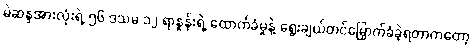
မဲဆန္ဒအားလုံးရဲ့ ၅၆ ဒသမ ၁၂ ရာနှုန်းရဲ့ ထောက်ခံမှုနဲ့ ရွေးချယ်တင်မြှောက်ခံခဲ့ရတာကတော့